Vaccination in the Punjab 1905-1918 - 1905-1918
Year: 1905
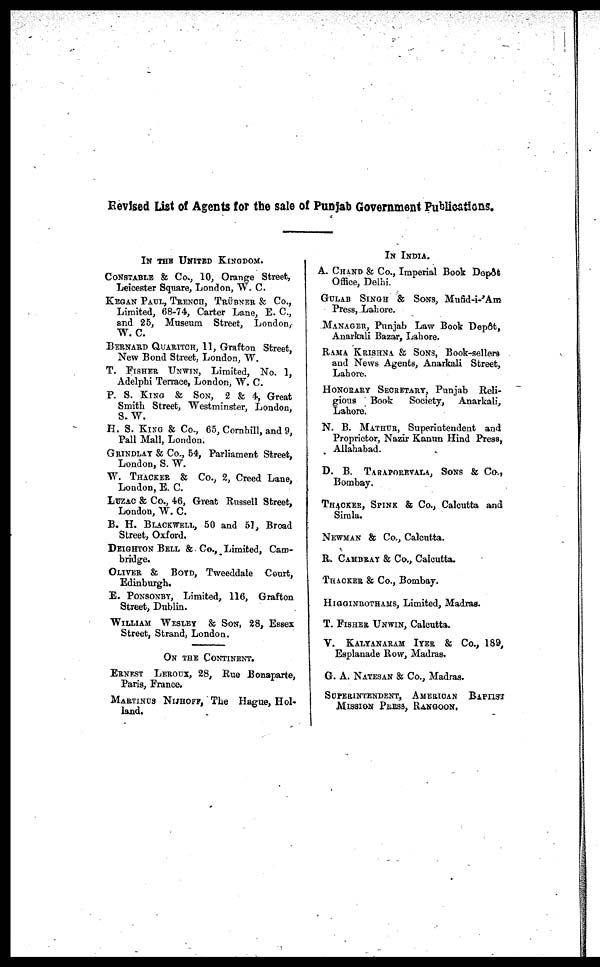
Revised List of Agents for the sale of Punjab Government Publications.
IN THE UNITED KINGDOM.
CONSTABLE & Co., 10, Orange Street,
Leicester Square, London, W. C.
KEGAN PAUL, TRENCH, TRÜBNER & Co.,
Limited, 68-74, Carter Lane, E. C,
and 25, Museum Street, London,
W. C.
BERNARD QUARITCH, 11, Grafton Street,
New Bond Street, London, W.
T. FISHER UNWIN, Limited, No. 1,
Adelphi Terrace, London, W. C.
P. S. KING & SON, 2 & 4, Great
Smith Street, Westminster, London,
S. W.
H. S. KING & Co., 65, Cornhill, and 9,
Pall Mall, London.
GRINDLAY & Co., 54, Parliament Street,
London, S. W.
W. THACKER & Co., 2, Creed Lane,
London, E. C.
LUZAC & Co., 46, Great Russell Street,
London, W. C.
B. H. BLACKWELL, 50 and 51, Broad
Street, Oxford.
DEIGHTON BELL ft Co., Limited, Cam-
bridge.
OLIVER & BOYD, Tweeddale Court,
Edinburgh.
E. PONSONBY, Limited, 116, Grafton
Street, Dublin.
WILLIAM WESLEY & SON, 28, Essex
Street, Strand, London.
ON THE CONTINENT.
ERNFST LEROUX, 28, Rue Bonaparte,
Paris, France.
MARTINUS NIJHOPF, The Hague, Hol¬
land.
IN INDIA.
A. CHAND & Co., Imperial Book Depôt
Office, Delhi.
GULAB SINGH & Sons, Mufid-i-'Am
Press, Lahore.
MANAGER, Punjab Law Book Depôt,
Anarkali Bazar, Lahore.
RAMA KRISHNA & SONS, Book-sellers
and News Agents, Anarkali Street,
Lahore.
HONORARY SECRETARY, Punjab Reli-
gious Book
Society, Anarkali,
Lahore.
N. B. MATHUR, Superintendent and
Proprietor, Nazir Kanun Hind Press,
Allahabad.
D. B. TARAPOREVALA, SONS & Co.,
Bombay.
THACKER, SPINK & Co., Calcutta and
Simla.
NEWMAN & Co., Calcutta.
R. CAMDRAY & Co., Calcutta.
THACKER & Co., Bombay.
HIGGINBOTHAMS, Limited, Madras.
T. FISHER UNWIN, Calcutta.
V. KALYANARAM IYER & Co., 189.
Esplanade Row, Madras.
G. A. NATESAN & Co., Madras.
SUPERINTENDENT, AMERICAN BAPTIST
MISSION PRESS, RANGOON.